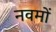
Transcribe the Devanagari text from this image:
नवमों